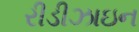
રીડીઝાઇન